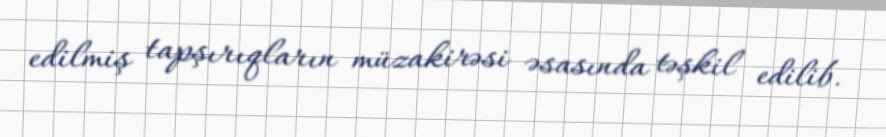
edilmiş tapşırıqların müzakirəsi əsasında təşkil edilib.